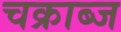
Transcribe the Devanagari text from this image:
चक्राब्ज